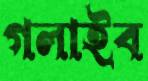
গলাইব